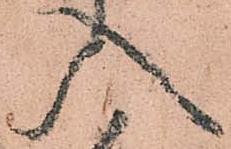
入